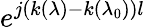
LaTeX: e^{j(k(\lambda)-k(\lambda_{0}))l}